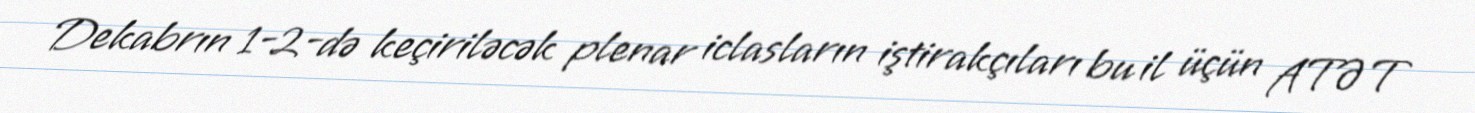
Dekabrın 1-2-də keçiriləcək plenar iclasların iştirakçıları bu il üçün ATƏT